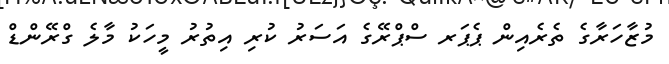
މުޒާހަރާގެ ތެރެއިން ޕެޕަރ ސްޕްރޭގެ އަސަރު ކުރި އިތުރު މީހަކު މާލެ ގްރޭންޑް